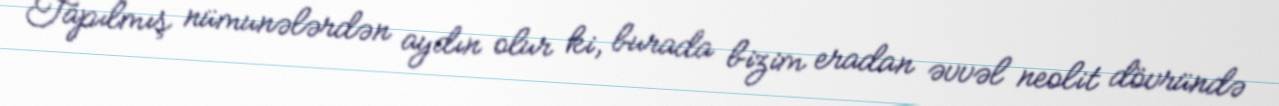
Tapılmış nümunələrdən aydın olur ki, burada bizim eradan əvvəl neolit dövründə